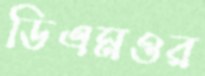
ডিএমওর